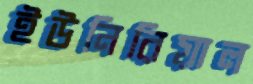
ইউনিরিয়াল